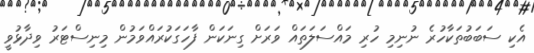
އެކި ސަބަބުތަކާހުރެ ނުނިމި ހުރި މައްސަލަތައް ވަރަށް ގިނަކަން ފާހަގަކުރައްވަމުން މިނިސްޓަރު ވިދާޅުވީ